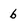
Character: 6